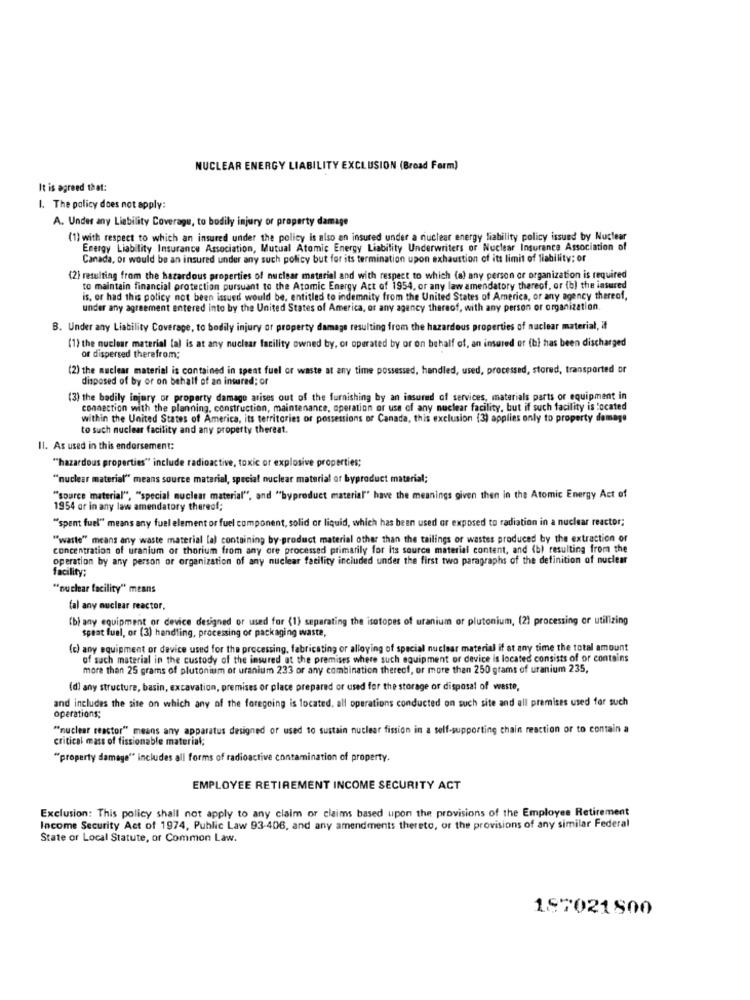
NUCLEAR ENERGY LIABILITY EXCLUSION (Broad Form)
It is agreed that:
1. The policy does not apply:
A. Under any Liability Coverage, to bodily injury or property damage
(1) with respect to which an insured under the policy is also an insured under a nuclear energy liability policy issued by Nuclear
Energy Liability Insurance Association, Mutual Atomic Energy Liability Underwriters of Nuclear Insurance Association of
Canada, or would be an insured under any such policy but for its termination upon exhaustion of its limit of liability; or
(2) resulting from the hazardous properties of nuclear material and with respect to which (a) any person or organization is required
to maintain financial protection pursuant to the Atomic Energy Act of 1954, or any law amendatory thereof, or (b) the insured
is, or had this policy not been issued would be, entitled to indemnity from the United States of America, or any agency thereof,
under any agreement entered into by the United States of America, of any agency thereof, with any person or organization.
B. Under any Liability Coverage, to bodily injury or property damage resulting from the hazardous properties of nuclear material, if
(1) the nuclear material (a) is at any nuclear facility owned by, or operated by or on behalf of, an insured or (bi has been discharged
or dispersed therefrom:
(2) the nuclear material is contained in spent fuel or waste at any time possessed, handled, used, processed, stored, transported or
disposed of by or on behalf of an insured; of
(3) the bodily injury or property damage arises out of the furnishing by an insured of services, materials parts or equipment in
connection with the planning, construction, maintenance, operation or use of any nuclear facility, but if such facility is located
within the United States of America, its territories or possessions of Canada, this exclusion (3) applies only to property damage
to such nuclear facility and any property thereat.
II. As used in this endorsement:
""hazardous properties" include radioactive, toxic or explosive properties;
"nuclear material" means source material, special nuclear material or byproduct material;
""source material", "special nuclear material", and "byproduct material" have the meanings given then in the Atomic Energy Act of
1954 or in any law amendatory thereof;
"spent fuel" means any fuel element or fuel component, solid or liquid, which has been used or exposed to radiation in a nuclear reactor;
"waste" means anty waste material la) containing by-product material other than the tailings or wastes produced by the extraction or
concentration of uranium or thorium from any ore processed primarily for its source material content, and (b) resulting from the
operation by any person or organization of any nuclear facility included under the first two paragraphs of the definition of nuclear
facility;
"nuclear facility" means
fal any nuclear reactor,
(b) any equipment or device designed or used for (1) separating the isotopes of uranium or plutonium, (21 processing or utilizing
speat fuel, or (3) handling, processing of packaging waste,
(c) any equipment or device used for the processing, fabricating or alloying of special nuclear material if at any time the total amount
of such material in the custody of the insured at the premises where such equipment or device is located consists of or contains
more than 25 grams of plutonium or uranium 233 or any combination thereof, or more than 250 grams of uranium 235,
(d) any structure, basin, excavation, premises or place prepared or used for the storage or disposal of waste,
and includes the site on which any of the foregoing is located, all operations conducted on such site and all premises used for such
operations;
"nuclear reactor" means any apparatus designed or used to sustain nuclear fission in a self-supporting chain reaction or to contain a
critical mass of fissionable material;
"property damage" includes all forms of radioactive contamination of property.
EMPLOYEE RETIREMENT INCOME SECURITY ACT
Exclusion: This policy shall not apply to any claim or claims based upon the provisions of the Employee Retirement
Income Security Act of 1974, Public Law 93-406, and any amendments thereto, or the provisions of any similar Federal
State or Local Statute, or Common Law.
187021500